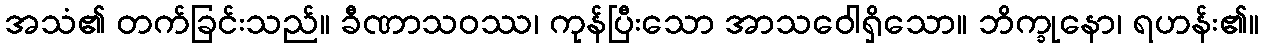
အသံ၏ တက်ခြင်းသည်။ ခီဏာသဝဿ၊ ကုန်ပြီးသော အာသဝေါရှိသော။ ဘိက္ခုနော၊ ရဟန်း၏။